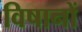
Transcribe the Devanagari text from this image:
विषानों